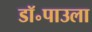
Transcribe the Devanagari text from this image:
डॉ॰पाउला